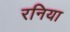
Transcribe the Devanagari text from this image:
रनिया